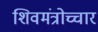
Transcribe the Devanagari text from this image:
शिवमंत्रोच्चार